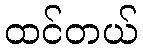
ထင်တယ်